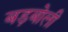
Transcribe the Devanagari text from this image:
बड़बोली